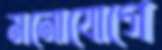
মনোযোগে